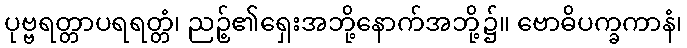
ပုဗ္ဗရတ္တာပရရတ္တံ၊ ညဉ့်၏ရှေးအဘို့နောက်အဘို့၌။ ဗောဓိပက္ခကာနံ၊